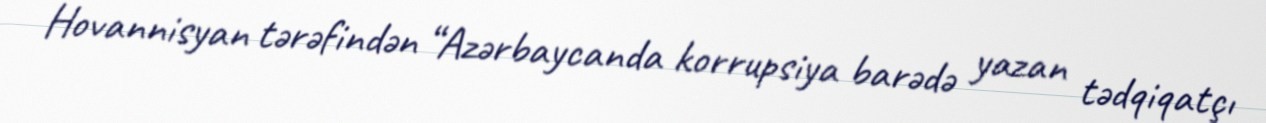
Hovannisyan tərəfindən “Azərbaycanda korrupsiya barədə yazan tədqiqatçı